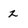
Character: z